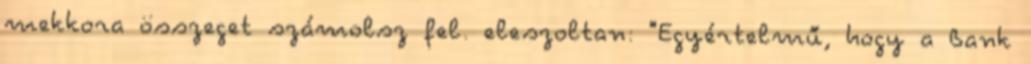
mekkora összeget számolsz fel. eleszoltan: "Egyértelmű, hogy a Bank